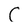
Character: C